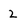
Character: 2